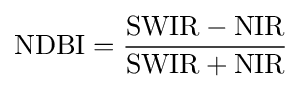
{\text{NDBI}}={{\text{SWIR}}-{\text{NIR}} \over {\text{SWIR}}+{\text{NIR}}}